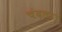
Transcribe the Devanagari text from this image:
चंदला